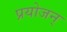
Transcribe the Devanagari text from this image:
प्रयोजन्